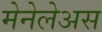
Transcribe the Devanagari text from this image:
मेनेलेअस